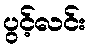
ပွင့်လင်း